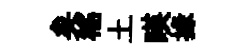
矣徭土暎掾